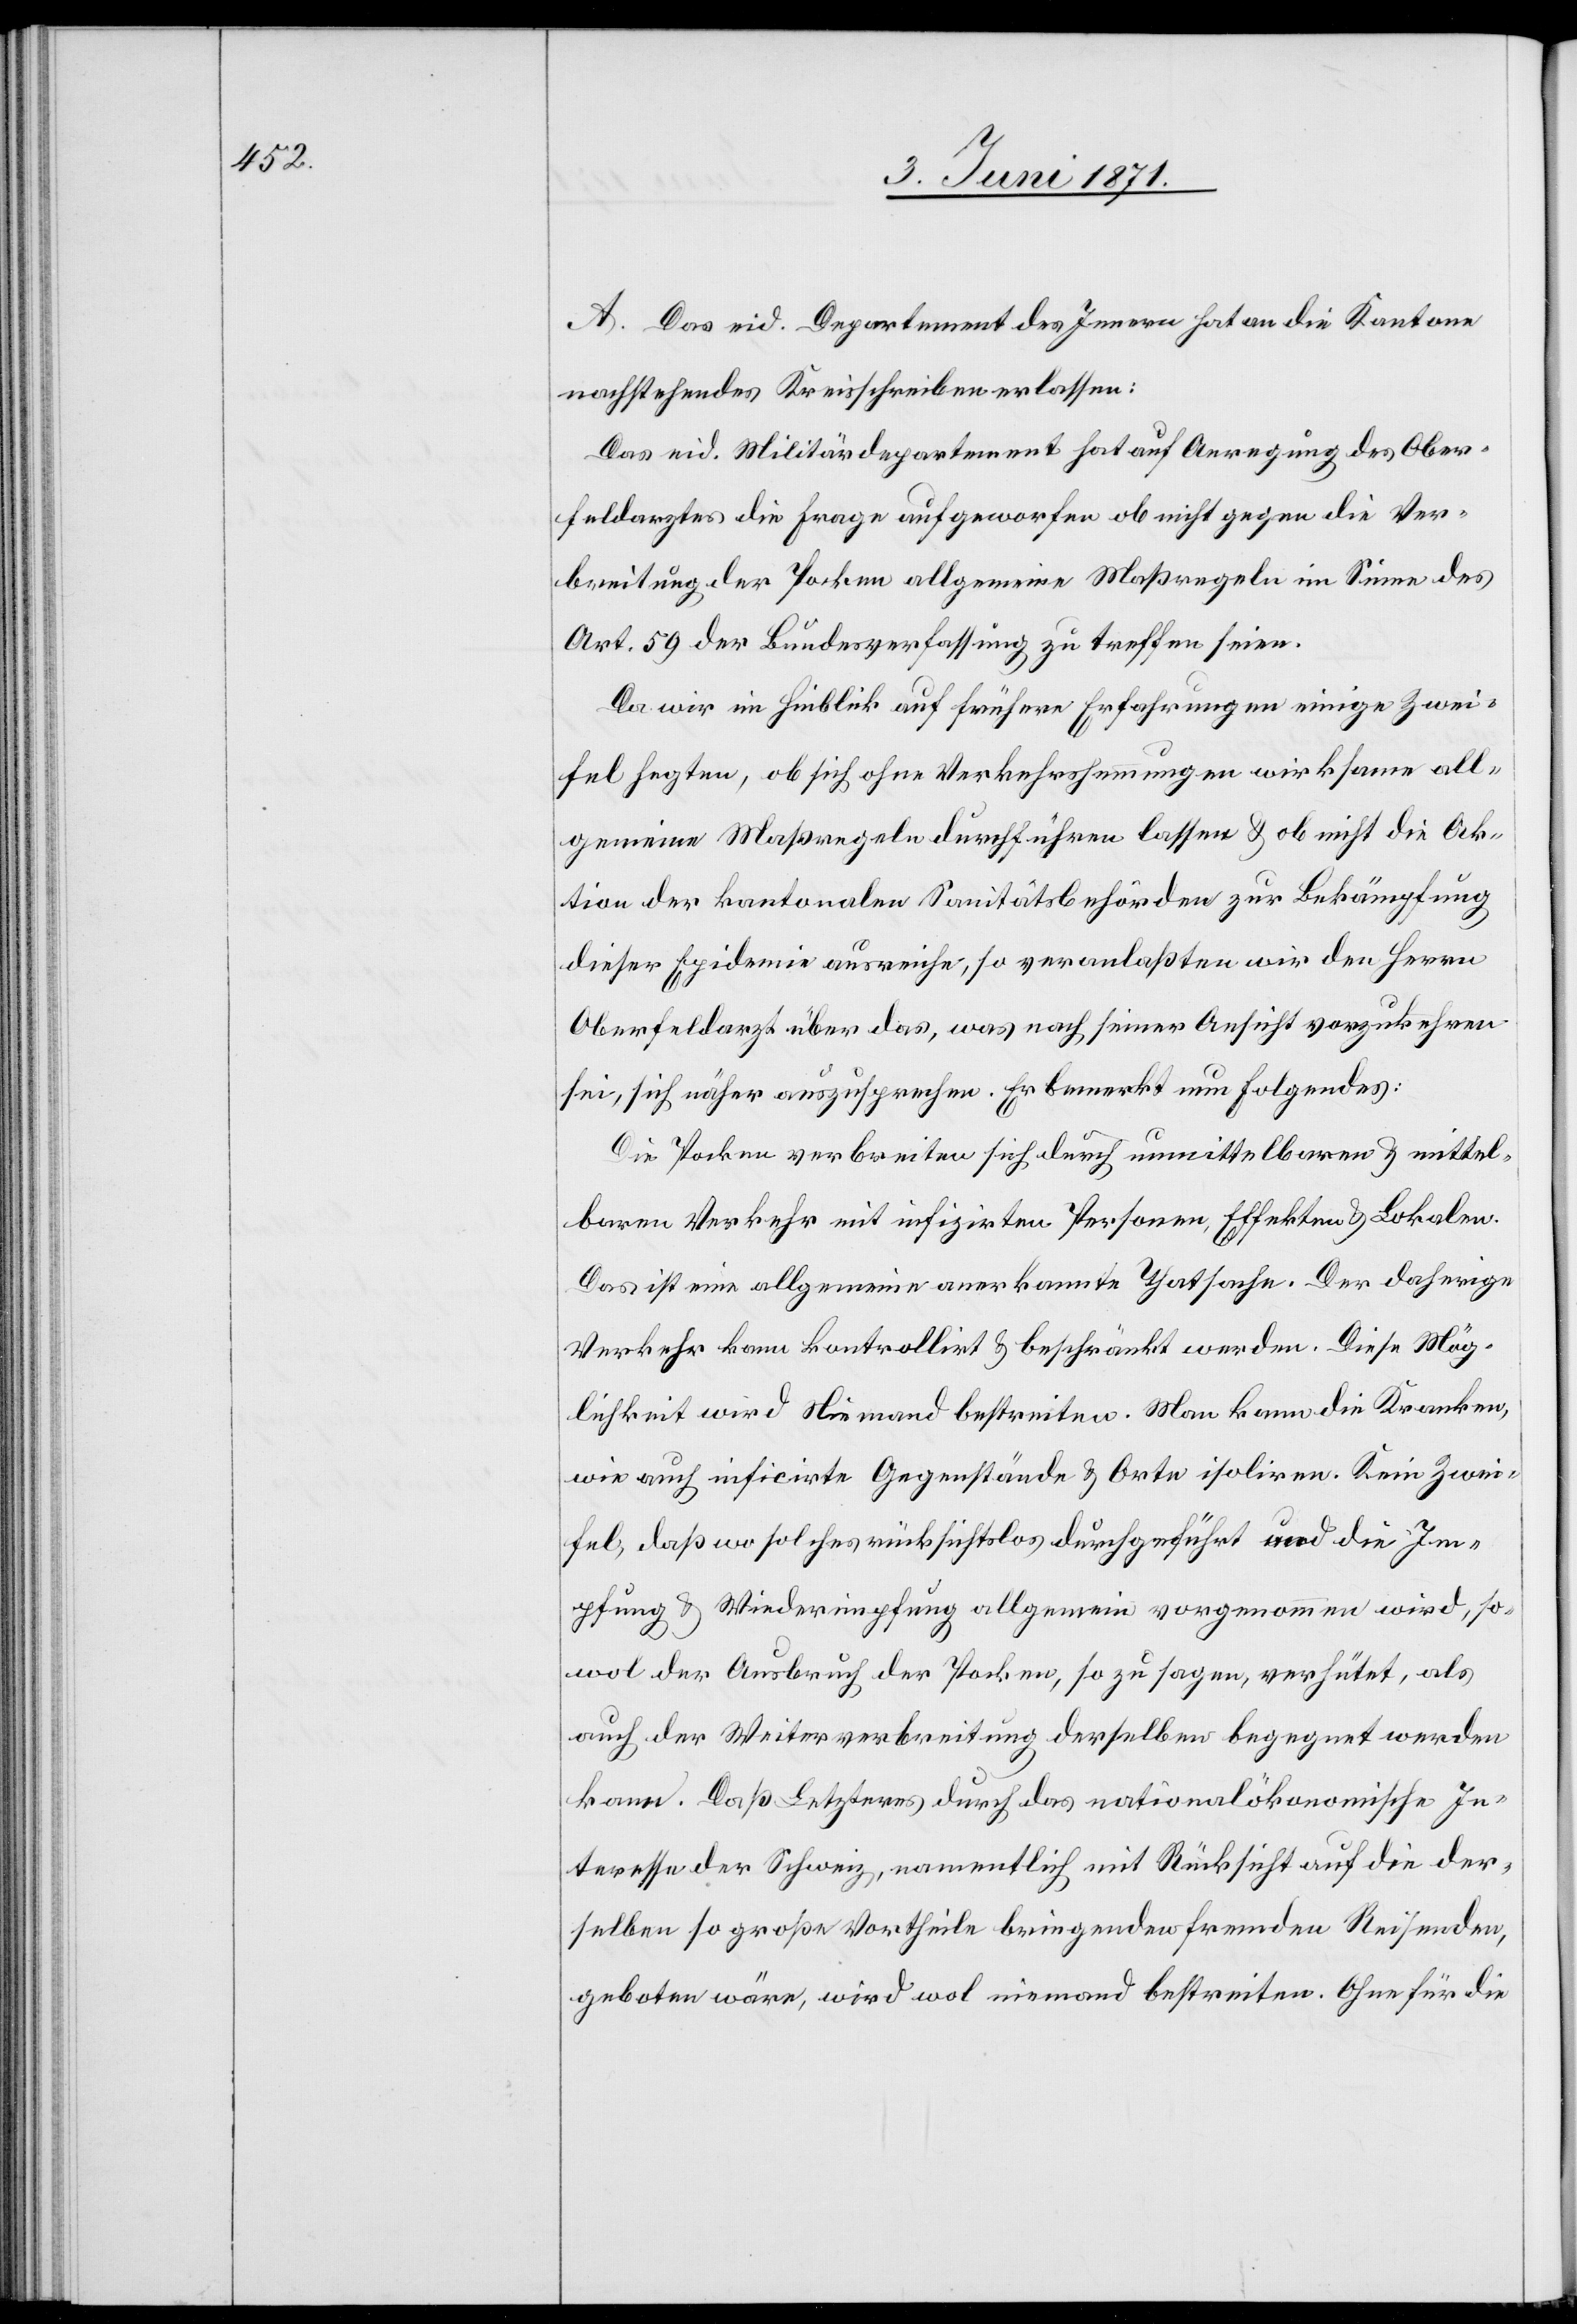
A. Das eid. Departement des Innern hat an die Kantone
nachstehendes Kreisschreiben erlassen:
Das eid. Militärdepartement hat auf Anregung des Ober¬
feldarztes die Frage aufgeworfen ob nicht gegen die Ver¬
breitung der Pocken allgemeine Maßregeln im Sinne des
Art. 59 der Bundesverfassung zu treffen seien.
Da wir im Hinblick auf frühere Erfahrungen einige Zwei¬
fel hegten, ob sich ohne Verkehrshemmungen wirksame all¬
gemeine Maßregeln durchführen lassen u. ob nicht die Ak¬
tion der kantonalen Sanitätsbehörden zur Bekämpfung
dieser Epidemie ausreiche, so veranlaßten wir den Herrn
Oberfeldarzt über das, was nach seiner Ansicht vorzukehren
sei, sich näher auszusprechen. Er bemerkt nun Folgendes:
Die Pocken verbreiten sich durch unmittelbaren u. mittel¬
baren Verkehr mit infizirten Personen, Effekten u. Lokalen.
Das ist eine allgemeine anerkannte Thatsache. Der daherige
Verkehr kann kontrollirt u. beschränkt werden. Diese Mög¬
lichkeit wird Niemand bestreiten. Man kann die Kranken,
wie auch inficirte Gegenstände u. Orte isoliren. Kein Zwei¬
fel, daß wo solches rücksichtslos durchgeführt und die Im¬
pfung u. Wiederimpfung allgemein vorgenommen wird, so¬
wol der Ausbruch der Pocken, so zu sagen, verhütet, als
auch der Weiterverbreitung derselben begegnet werden
kann. Daß Letzteres durch das nationalökonomische In¬
teresse der Schweiz, namentlich mit Rücksicht auf die der¬
selben so große Vortheile bringenden fremden Reisenden,
geboten wäre, wird wol niemand bestreiten. Ohne für die